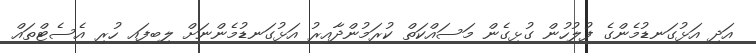
އަދި އަޅުގަނޑުމެންގެ ފުލުހުން ގުޅިގެން މަސައްކަތް ކުރަމުންދާއިރު އަޅުގަނޑުމެންނަށް ލިބިފައި ހުރި އެސެޓްތައް